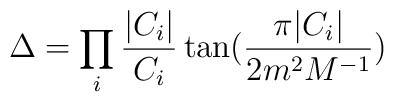
\Delta= \prod_i \frac{|C_i|}{C_i} \tan( \frac{ \pi|C_i|}{2m^2M^{-1}})